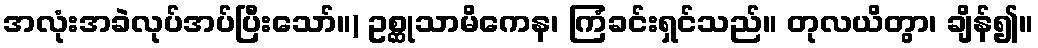
အလုံးအခဲလုပ်အပ်ပြီးသော်။) ဥစ္ဆုသာမိကေန၊ ကြံခင်းရှင်သည်။ တုလယိတွာ၊ ချိန်၍။